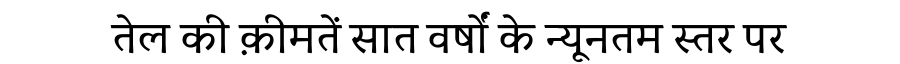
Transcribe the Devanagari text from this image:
तेल की क़ीमतें सात वर्षों के न्यूनतम स्तर पर